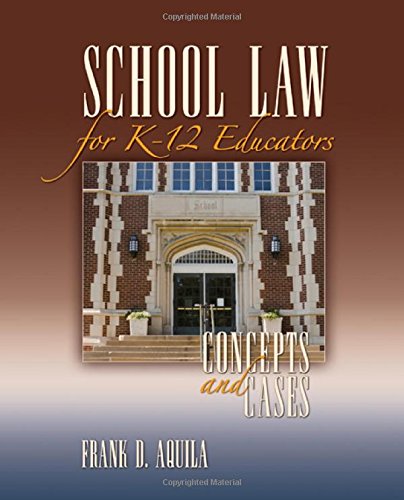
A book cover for School Law for K-12 Educators: Concepts and Cases; Frank D. Aquila; Law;